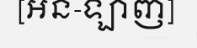
[អន-ឡាញ]